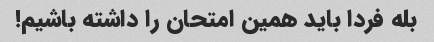
بله فردا باید همین امتحان را داشته باشیم!